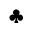
\clubsuit